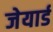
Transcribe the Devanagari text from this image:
जेयार्ड